Rangoon Lunatic Asylum 1878-1892 - 1878-1892
Year: 1878
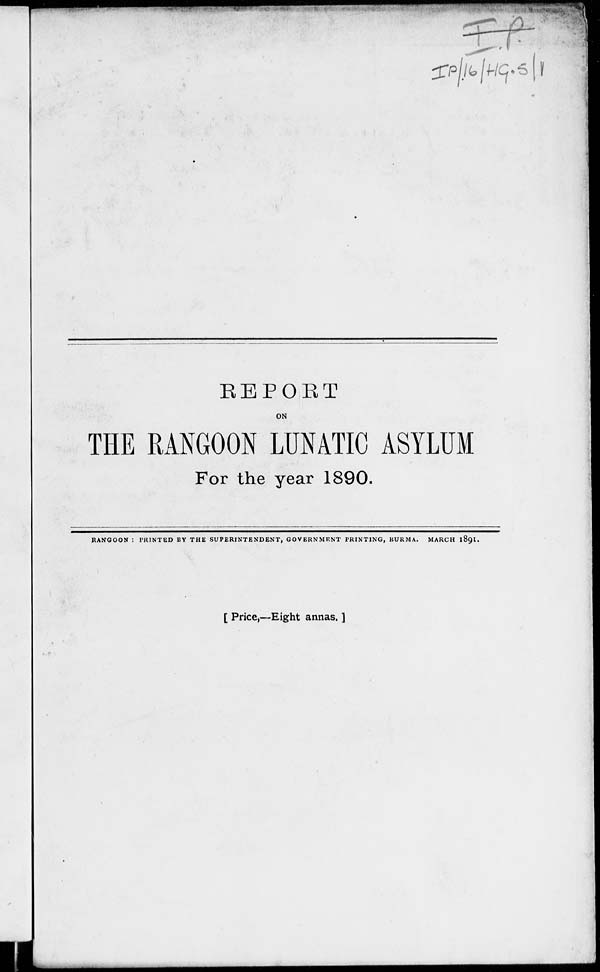
REPORT
ON
THE RANGOON LUNATIC ASYLUM
For the year 1890.
RANGOON : PRINTED BY THE SUPERINTENDENT, GOVERNMENT PRINTING, BURMA. MARCH 1891.
[ Price,—Eight annas. ]